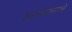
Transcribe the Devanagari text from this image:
उभारल्यासारखे